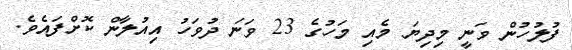
ފުލުހުން ވަނީ މިދިޔަ މެއި މަހުގެ 23 ވަނަ ދުވަހު އިއުލާން ކޮށްފައެވެ.